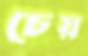
চেয়